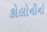
કોલોનીનો